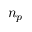
n _ { p }